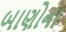
બાણોના